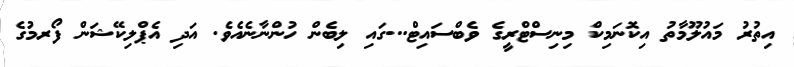
އިތުރު މައުލޫމާތު އިކޮނަމިކް މިނިސްޓްރީގެ ވެބްސައިޓް...ގައި ލިބެން ހުންނާނެއެވެ. އަދި އެޕްލިކޭޝަން ފޯރމުގެ